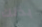
بذلك